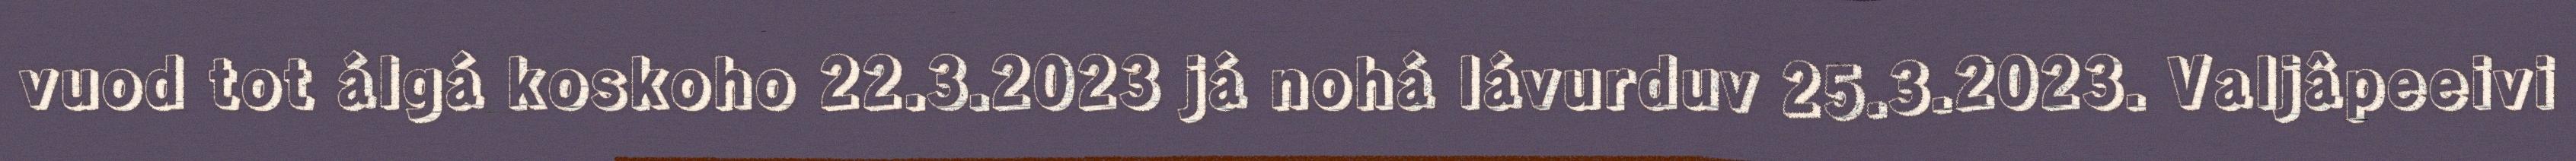
vuod tot álgá koskoho 22.3.2023 já nohá lávurduv 25.3.2023. Valjâpeeivi